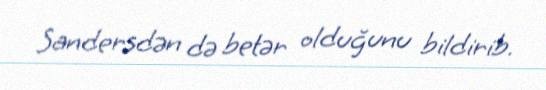
Sandersdən də betər olduğunu bildirib.